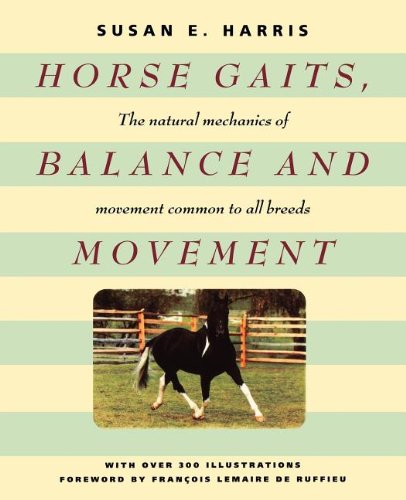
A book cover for Horse Gaits, Balance and Movement; Susan E Harris; Medical Books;